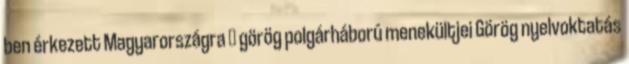
ben érkezett Magyarországra  görög polgárháború menekültjei Görög nyelvoktatás